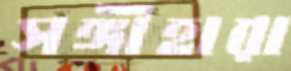
সঙ্গীহারা